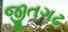
જીતગઢ